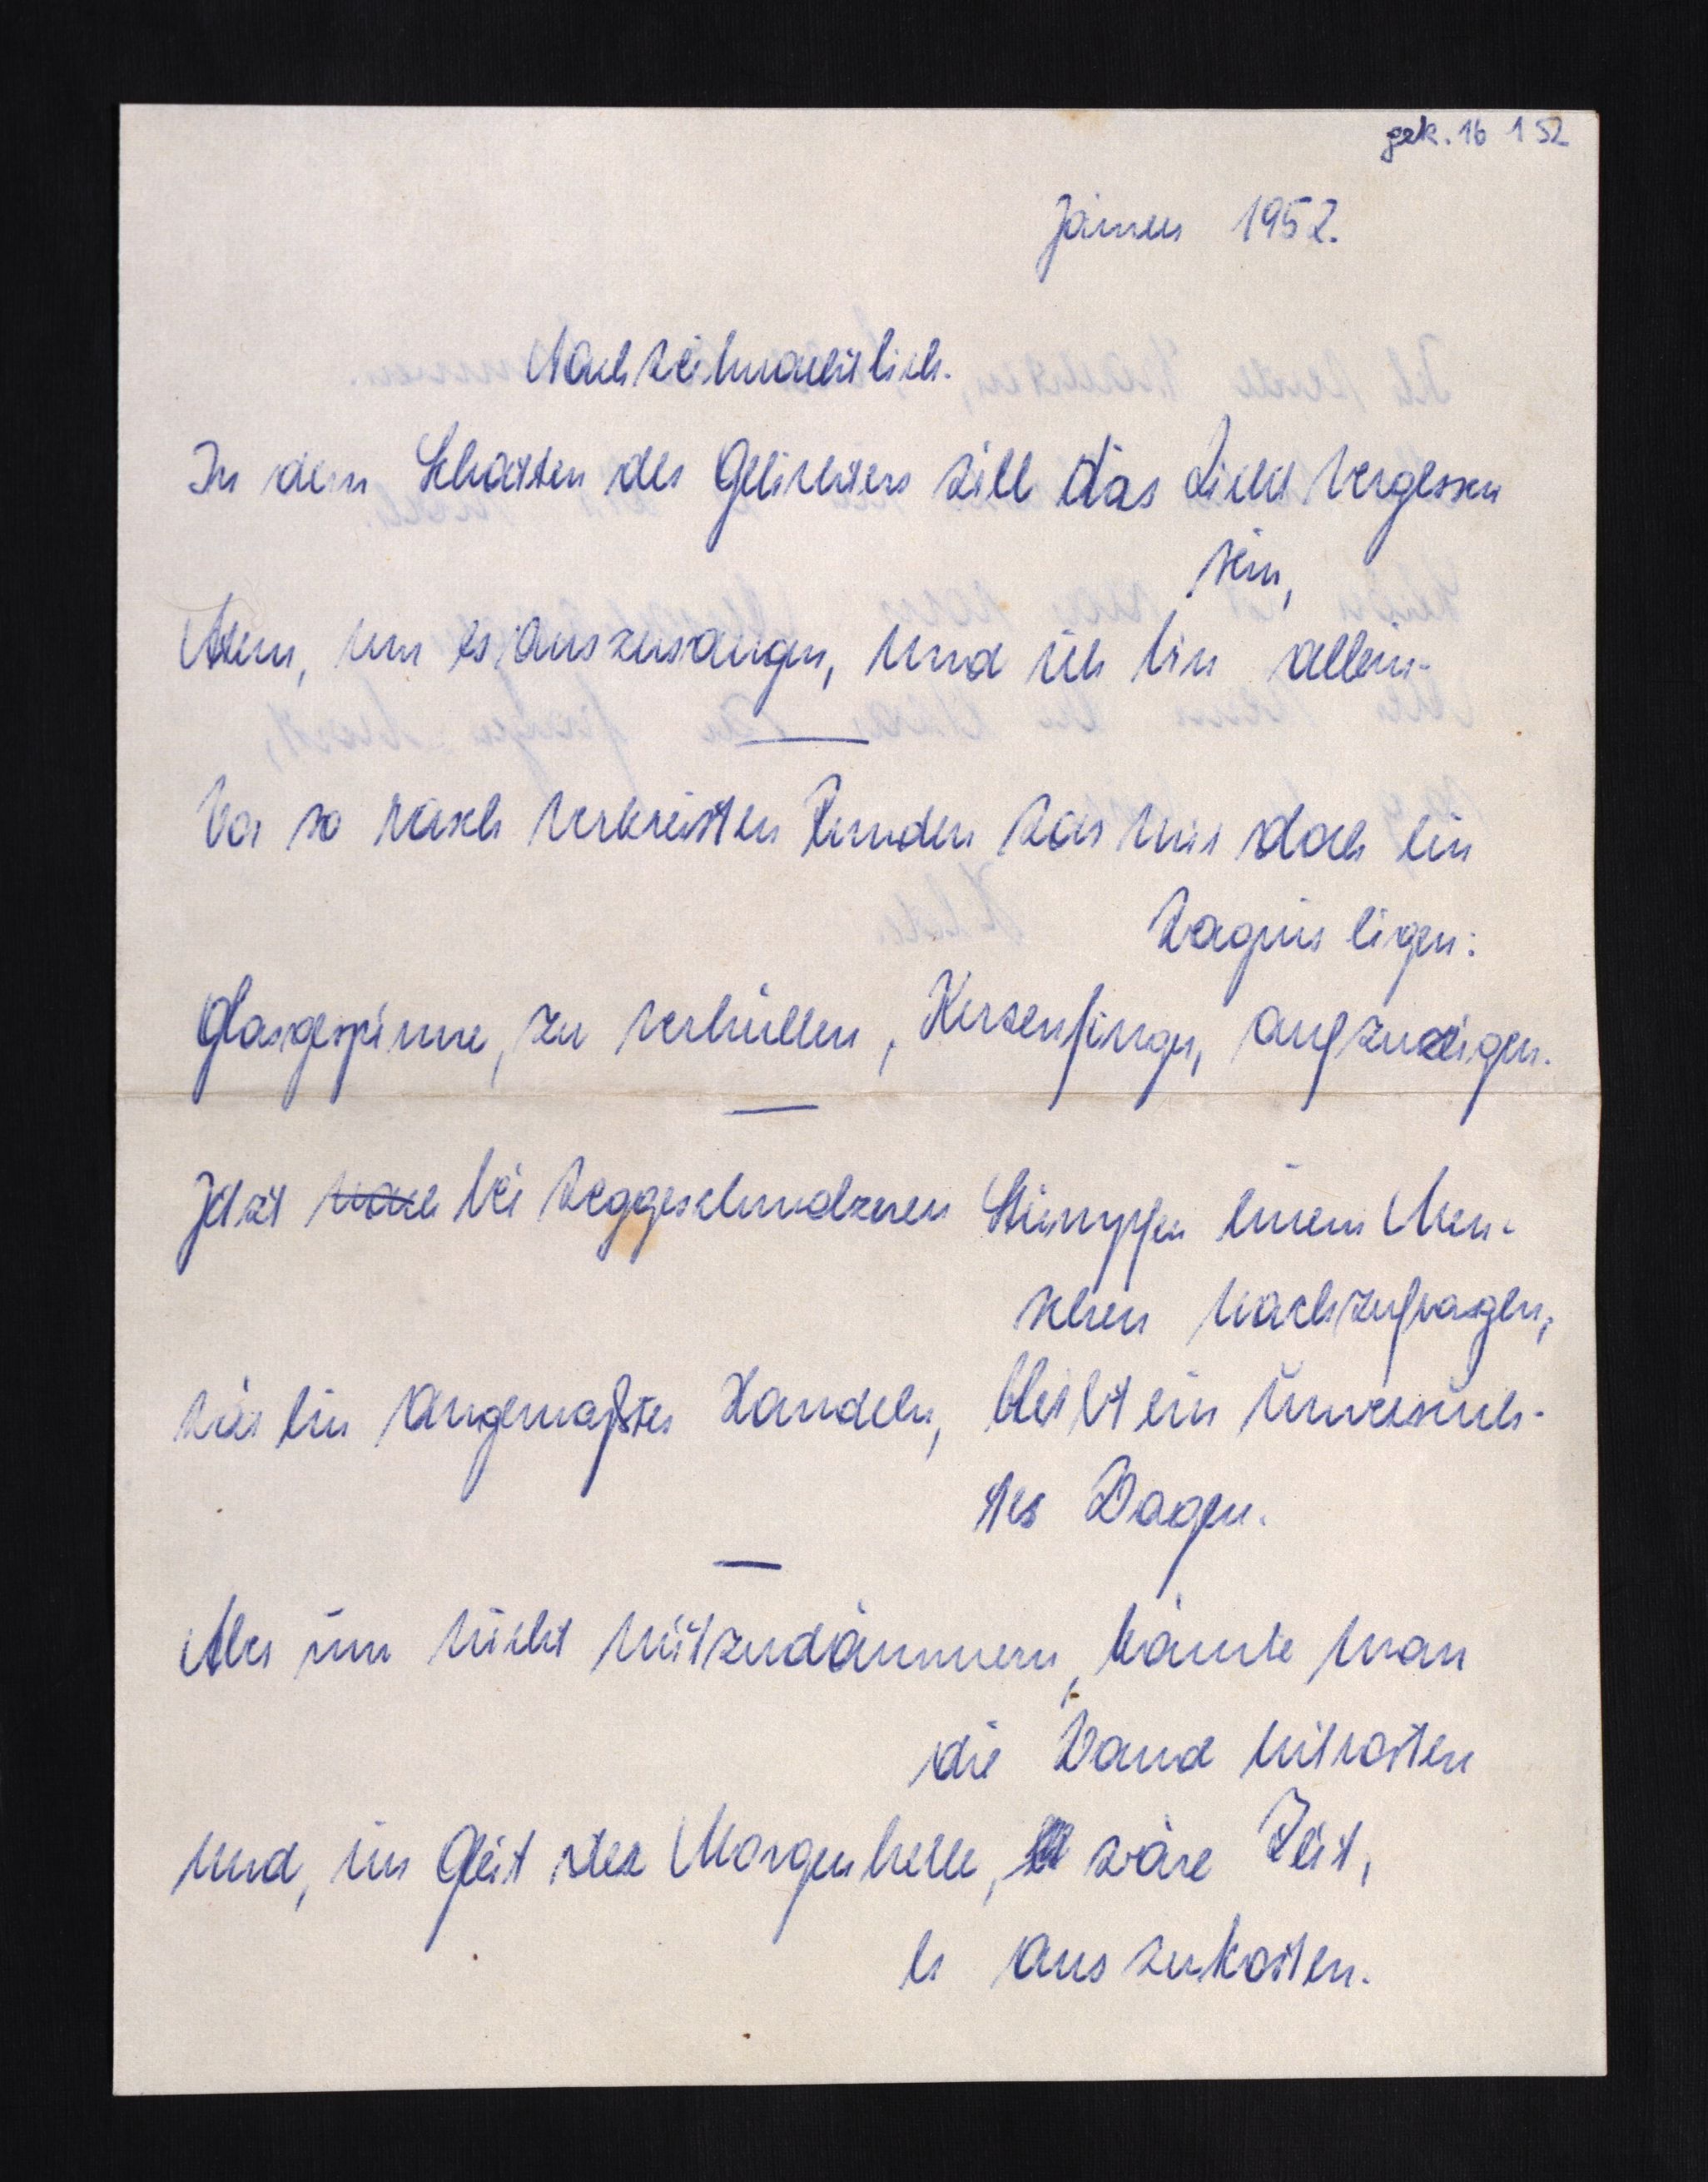
gek. 16 1 52
Jänner 1952.
Nachweihnachtlich.
In dem Schatten des Gelichters will das Licht vergessen
sein,
Atem, um es auszusaugen, und ich bin allein.
Vor so rasch verkreisten Runden war mir doch ein
Wagnis eigen:
Glasgespinne, zu verhüllen, Kerzenfinger, aufzuzeigen.
Jetzt nach bei weggeschmolzeren Sümpfen einem Men¬
schen nachzufragen,
wär ein angemaßtes Handeln, bleibt ein unversuch¬
tes Wagen.
Aber um nicht mitzudämmern, könnte man
die Wand mitrosten
Und, im Gleit der Morgenhelle,  wäre Zeit,
es auszukosten.